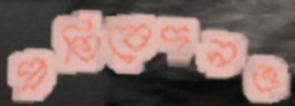
প্রতিবেদনও